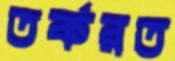
তর্করত